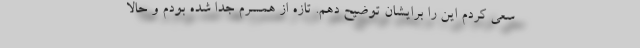
سعی کردم این را برایشان توضیح دهم. تازه از همسرم جدا شده بودم و حالا